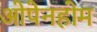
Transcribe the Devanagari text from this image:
ओपेनहोम